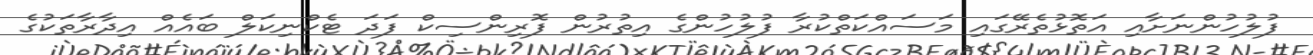
ފުލުހުންނަށާއި އަތޮޅުތެރޭގައި މަސައްކަތްކުރާ ފުލުހުންގެ އިތުރުން ފޮރިންސިކް ފަދަ ޓެކްނިކަލް ބައެއް އިދާރާތަކުގެ